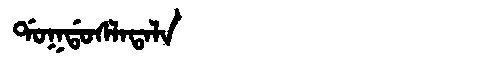
Manchu: ᡩᠣᡴᡩᠣᠰᠯᠠᡨᠠᠯᠠ
Romanization: DOKDOSLATALA